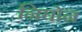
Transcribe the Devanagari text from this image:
निघोन